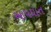
આપઘાત